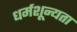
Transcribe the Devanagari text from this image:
धर्मशून्यता